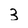
Character: 3